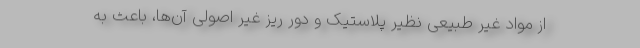
از مواد غیر طبیعی نظیر پلاستیک و دور ریز غیر اصولی آن‌ها، باعث به